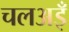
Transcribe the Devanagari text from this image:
चलअइँ